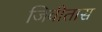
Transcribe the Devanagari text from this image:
जिवीतास